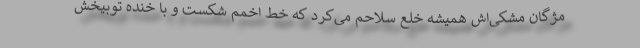
مژگان مشکی‌اش همیشه خلع سلاحم می‌کرد که خط اخمم شکست و با خنده توبیخش